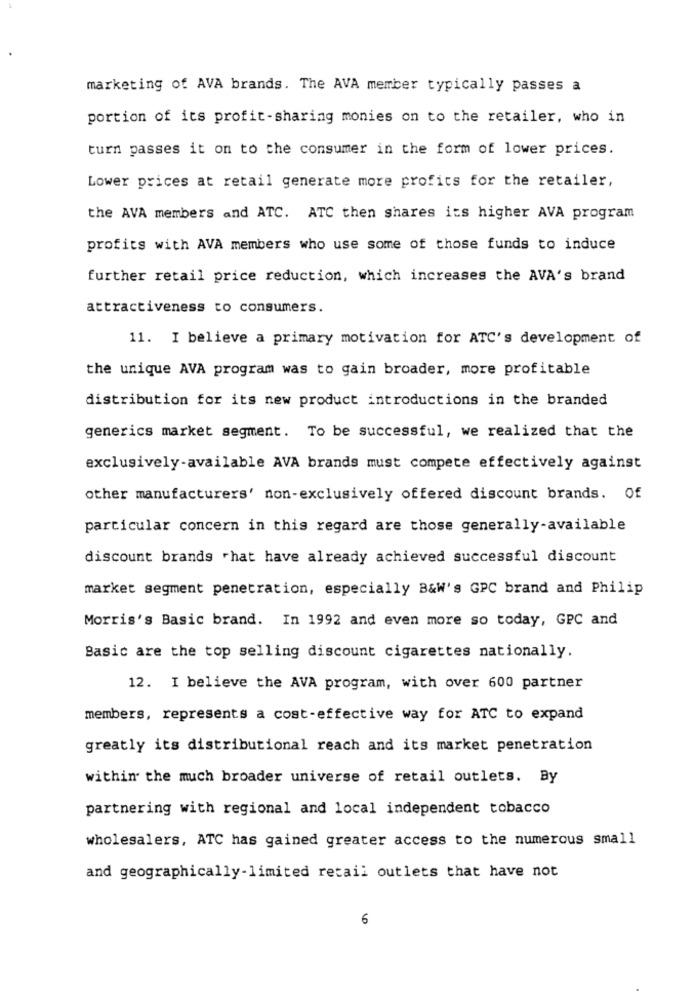
marketing of AVA brands. The AVA member typically passes a
portion of its profit-sharing monies on to the retailer, who in
turn passes it on to the consumer in the form of lower prices.
Lower prices at retail generate more profits for the retailer,
the AVA members and ATC. ATC then shares its higher AVA program
profits with AVA members who use some of those funds to induce
further retail price reduction, which increases the AVA's brand
attractiveness to consumers.
11. I believe a primary motivation for ATC's development of
the unique AVA program was to gain broader, more profitable
distribution for its new product introductions in the branded
generics market segment. To be successful, we realized that the
exclusively-available AVA brands must compete effectively against
other manufacturers' non-exclusively offered discount brands. Of
particular concern in this regard are those generally-available
discount brands hat have already achieved successful discount
market segment penetration, especially B&W's GPC brand and Philip
Morris's Basic brand. In 1992 and even more so today, GPC and
Basic are the top selling discount cigarettes nationally.
12. I believe the AVA program, with over 600 partner
members, represents a cost-effective way for ATC to expand
greatly its distributional reach and its market penetration
within the much broader universe of retail outlets. By
partnering with regional and local independent tobacco
wholesalers, ATC has gained greater access to the numerous small
and geographically-limited retail outlets that have not
6